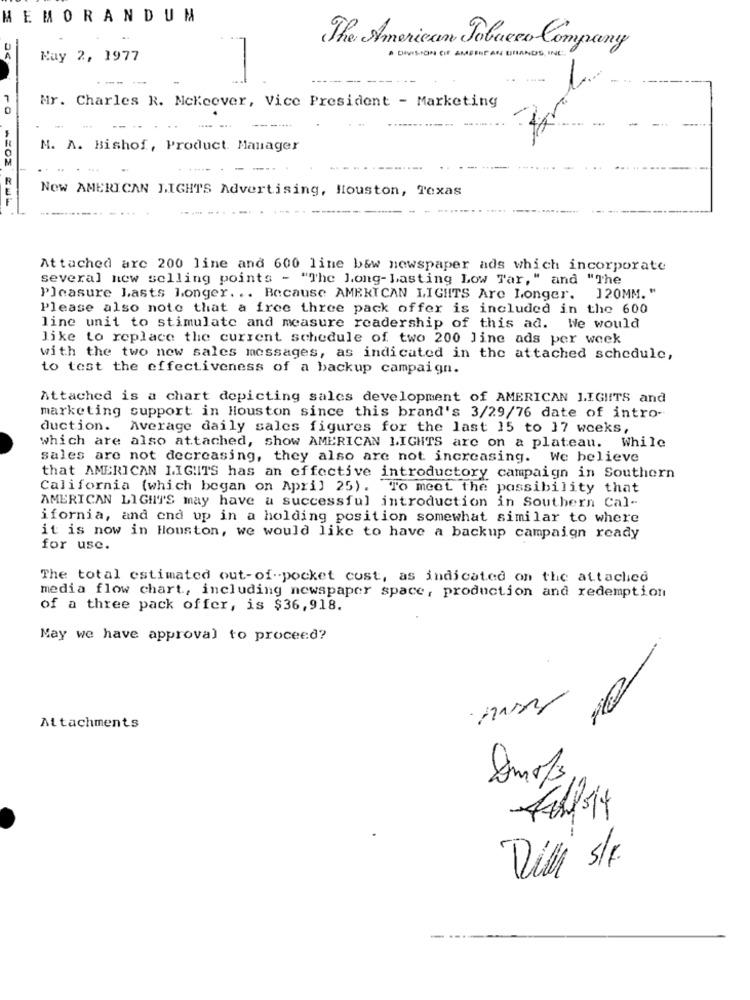
MEMORANDUM
The American Tobacco Company
May 2, 1977
. DIVISIONS SIT AMBENT AN DIHANDS INE .
-
Mr. Charles R. Mckeever, Vice President - Marketing
N. A. Bishof, Product Manager
New AMERICAN LIGHTS Advertising, Houston, Texas
Attached are 200 line and 600 line b&w newspaper ads which incorporate
several new selling points - "The Long-Lasting Low Tar, " and "The
Pleasure Lasts Longer. .. Because AMERICAN LIGHTS Are Longer. 120MM. "
Please also note that a free three pack offer is included in the 600
line unit to stimulate and measure readership of this ad. We would
like to replace the current schedule of two 200 Jine ads per week
with the two new sales messages, as indicated in the attached schedule,
to test the effectiveness of a backup campaign.
Attached is a chart depicting sales development of AMERICAN LIGHTS and
marketing support in Houston since this brand's 3/29/76 date of intro-
duction. Average daily sales figures for the last 15 to 17 weeks,
which are also attached, show AMERICAN LIGHTS are on a plateau. While
sales are not decreasing, they also are not increasing. We believe
that AMERICAN LIGIITS has an effective introductory campaign in Southern
California (which began on April 25) . To meet the possibility that
AMERICAN LIGHTS may have a successful introduction in Southern Cal-
ifornia, and end up in a holding position somewhat similar to where
it is now in Houston, we would like to have a backup campaign ready
for use.
The total estimated out-of-pocket cust, as indicated on the attached
media flow chart, including newspaper space, production and redemption
of a three pack offer, is $36,918.
May we have approval to proceed?
Attachments
A
Die S/F.